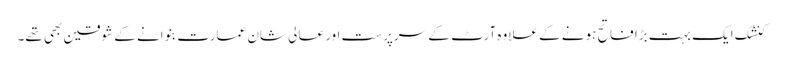
کنشک ایک بہت بڑا فاتح ہونے کے علاوہ آرٹ کے سرپرست اور عالی شان عمارت بنوانے کے شوقین بھی تھے۔